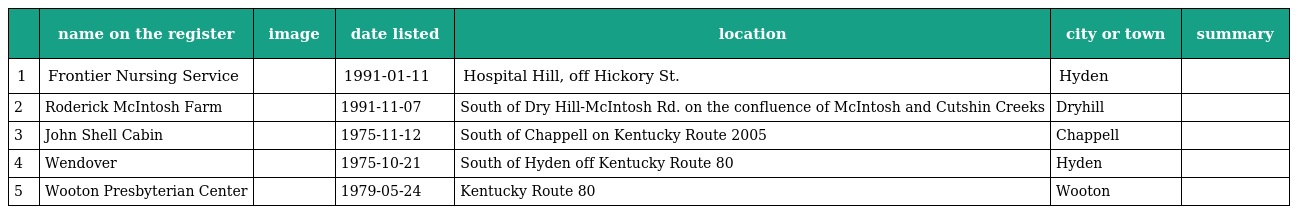
|  | name on the register | image | date listed | location | city or town | summary |
 | --- | --- | --- | --- | --- | --- | --- |
 | 1 | Frontier Nursing Service |  | 1991-01-11 | Hospital Hill, off Hickory St. | Hyden |  |
 | 2 | Roderick McIntosh Farm |  | 1991-11-07 | South of Dry Hill-McIntosh Rd. on the confluence of McIntosh and Cutshin Creeks | Dryhill |  |
 | 3 | John Shell Cabin |  | 1975-11-12 | South of Chappell on Kentucky Route 2005 | Chappell |  |
 | 4 | Wendover |  | 1975-10-21 | South of Hyden off Kentucky Route 80 | Hyden |  |
 | 5 | Wooton Presbyterian Center |  | 1979-05-24 | Kentucky Route 80 | Wooton |  |